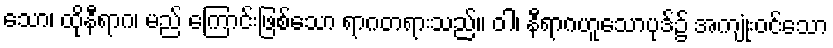
သော၊ ထိုနီရာဂ၊ မည် ကြောင်းဖြစ်သော ရာဂတရားသည်။ ဝါ၊ နီရာဂဟူသောပုဒ်၌ အကျုံးဝင်သော